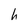
Character: h